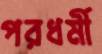
পরধর্মী